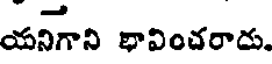
యనిగాని భావించరాదు.